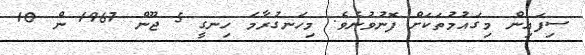
ސިފައިން މިގައުމުތަކަށް ފޮނުވުނެވެ. މިހަނގުރާމަ ހިނގީ 5 ޖޫން 1967 ން 10